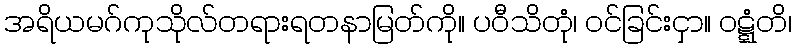
အရိယမဂ်ကုသိုလ်တရားရတနာမြတ်ကို။ ပဝီသိတုံ၊ ဝင်ခြင်းငှာ။ ဝဋ္ဋံတိ၊